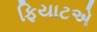
ફિયાટએ